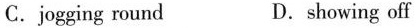
C. jogging round D. showing off